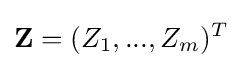
\mathbf {Z} =(Z_{1},...,Z_{m})^{T}